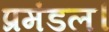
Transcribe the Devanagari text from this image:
प्रमंडल।